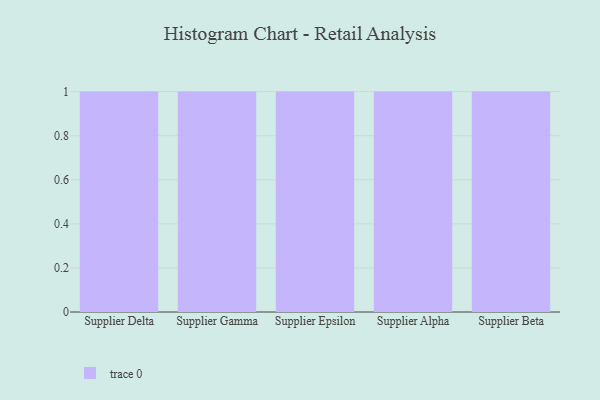
{"axis": {"x": "Supplier", "y": "LTV (USD)"}, "legend": [""], "data": [{"x": "Supplier Delta", "y": 55, "type": ""}, {"x": "Supplier Gamma", "y": 48, "type": ""}, {"x": "Supplier Epsilon", "y": 89, "type": ""}, {"x": "Supplier Alpha", "y": 19, "type": ""}, {"x": "Supplier Beta", "y": 93, "type": ""}]}